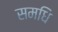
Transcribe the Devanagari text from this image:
समधि